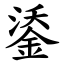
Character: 鋈